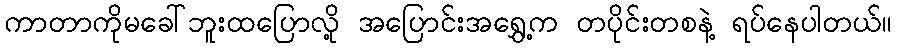
ကာတာကိုမခေါ်ဘူးထပြောလို့ အပြောင်းအရွှေ့က တပိုင်းတစနဲ့ ရပ်နေပါတယ်။